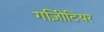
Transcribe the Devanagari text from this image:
गज़िीटियर